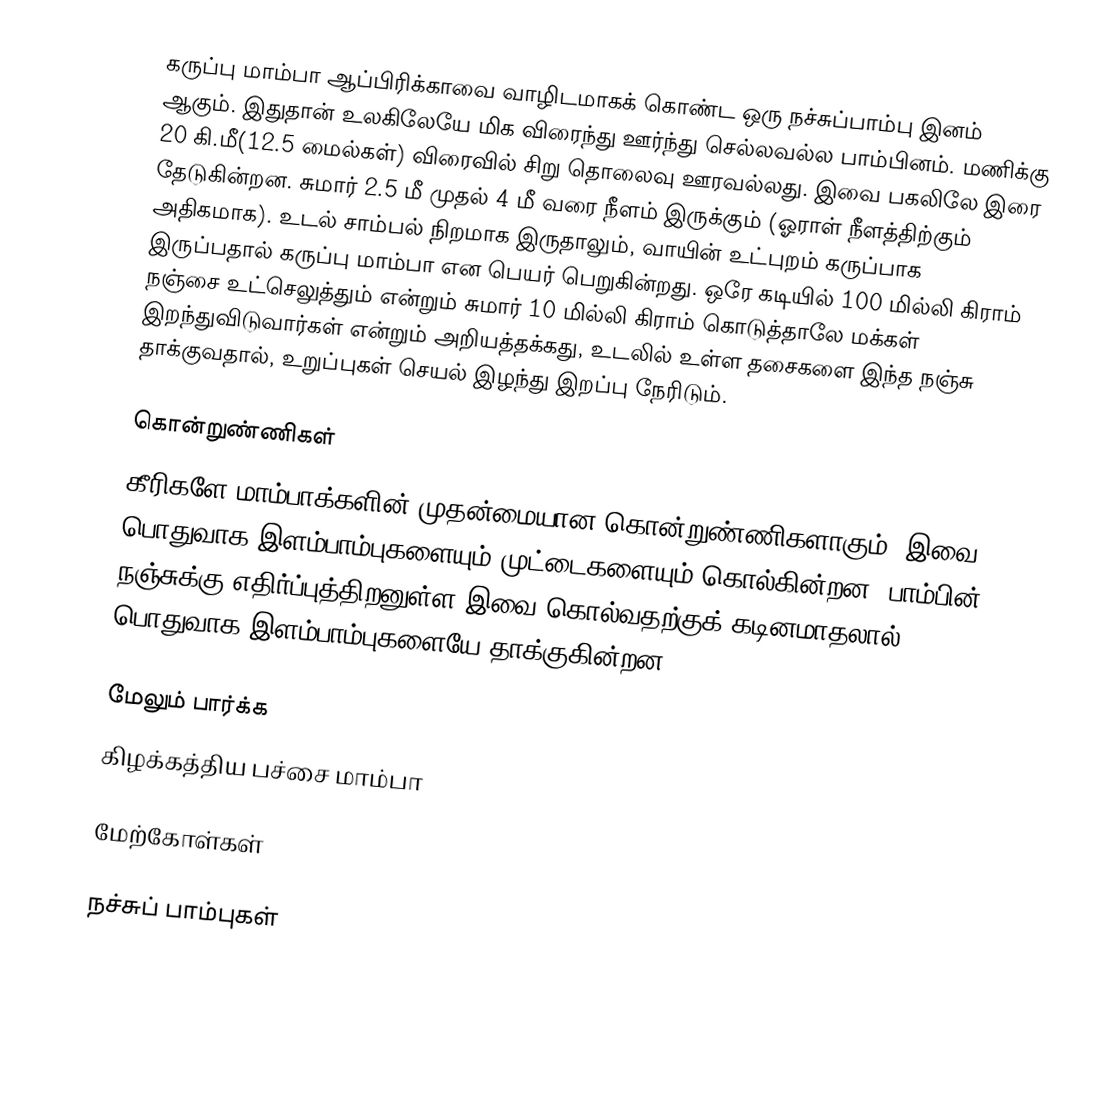
கருப்பு மாம்பா ஆப்பிரிக்காவை வாழிடமாகக் கொண்ட ஒரு நச்சுப்பாம்பு இனம் ஆகும். இதுதான் உலகிலேயே மிக விரைந்து ஊர்ந்து செல்லவல்ல பாம்பினம். மணிக்கு 20 கி.மீ(12.5 மைல்கள்) விரைவில் சிறு தொலைவு ஊரவல்லது. இவை பகலிலே இரை தேடுகின்றன. சுமார் 2.5 மீ முதல் 4 மீ வரை நீளம் இருக்கும் (ஓராள் நீளத்திற்கும் அதிகமாக). உடல் சாம்பல் நிறமாக இருதாலும், வாயின் உட்புறம் கருப்பாக இருப்பதால் கருப்பு மாம்பா என பெயர் பெறுகின்றது. ஒரே கடியில் 100 மில்லி கிராம் நஞ்சை உட்செலுத்தும் என்றும் சுமார் 10 மில்லி கிராம் கொடுத்தாலே மக்கள் இறந்துவிடுவார்கள் என்றும் அறியத்தக்கது, உடலில் உள்ள தசைகளை இந்த நஞ்சு தாக்குவதால், உறுப்புகள் செயல் இழந்து இறப்பு நேரிடும்.

கொன்றுண்ணிகள்
கீரிகளே மாம்பாக்களின் முதன்மையான கொன்றுண்ணிகளாகும். இவை பொதுவாக இளம்பாம்புகளையும் முட்டைகளையும் கொல்கின்றன. பாம்பின் நஞ்சுக்கு எதிர்ப்புத்திறனுள்ள இவை கொல்வதற்குக் கடினமாதலால் பொதுவாக இளம்பாம்புகளையே தாக்குகின்றன.

மேலும் பார்க்க
 கிழக்கத்திய பச்சை மாம்பா

மேற்கோள்கள்

நச்சுப் பாம்புகள்